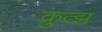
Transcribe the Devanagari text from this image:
क्रुत्झ